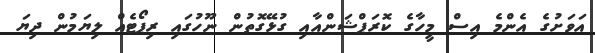
އަވަށުގެ އެންމެ އިސް މީހާގެ ކޮރަޕްޝަންއާއި ގުޅޭގޮތުން ނޫހުގައި ރިޕޯޓެއް ލިޔަމުން ދިޔަ